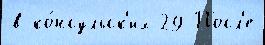
в ко́нсульск'их 29 Посл'е